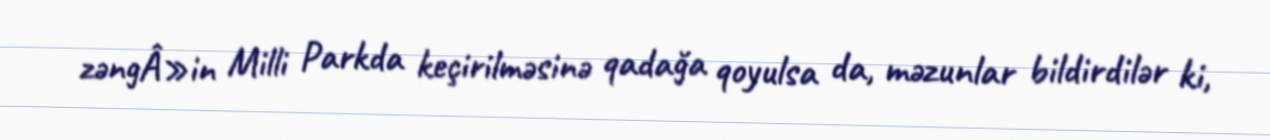
zəngÂ»in Milli Parkda keçirilməsinə qadağa qoyulsa da, məzunlar bildirdilər ki,